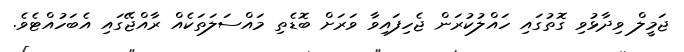
ޖަމީލް ވިދާޅުވި ގޮތުގައި ހައްލުކުރަން ޖެހިފައިވާ ވަރަށް ބޮޑެތި މައްސަލަތަކެއް ރާއްޖޭގައި އެބަހުއްޓެވެ.